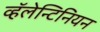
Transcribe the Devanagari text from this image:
व्हॅलेन्टिनियन